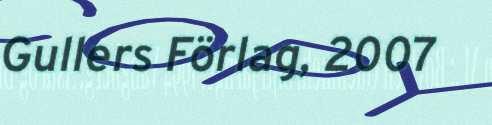
Gullers Förlag, 2007